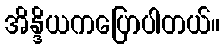
အိန္ဒိယကပြောပါတယ်။